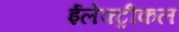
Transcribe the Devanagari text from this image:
ईलेक्ट्रीकल